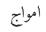
امواج